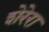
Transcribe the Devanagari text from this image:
शेरेरा